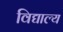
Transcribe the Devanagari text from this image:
विद्याल्य